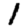
Digit: 1